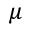
\mu